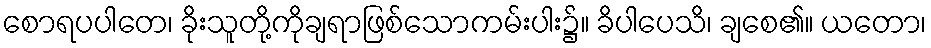
စောရပပါတေ၊ ခိုးသူတို့ကိုချရာဖြစ်သောကမ်းပါး၌။ ခိပါပေသိ၊ ချစေ၏။ ယတော၊